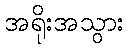
အရိုးအသွား